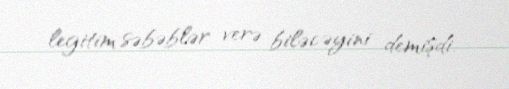
legitim səbəblər verə biləcəyini demişdi.